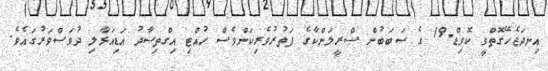
އިނދަޖެހޭގޮތްވީ ކޮވިޑް-19 ގެ ސަބަބުން ސްރީލަންކާގެ ފަތުރުވެރިކަންވެސް ހުއްޓި އިގްތިސާދު އަޑިއަޅާލި ދުވަސްވަރުގައެވެ.